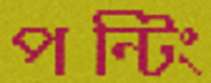
পন্টিং